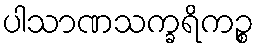
ပါသာဏသက္ခရိကဉ္စ